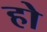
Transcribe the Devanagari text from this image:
हो